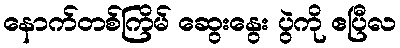
နောက်တစ်ကြိမ် ဆွေးနွေး ပွဲကို ဧပြီလ